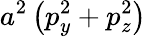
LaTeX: a^{2}\left(p_{y}^{2}+p_{z}^{2}\right)